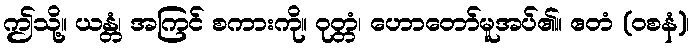
ဤသို့။ ယန္တံ၊ အကြင် စကားကို။ ဝုတ္တံ၊ ဟောတော်မူအပ်၏။ ဧတံ (ဝစနံ)၊